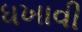
ધખાવી